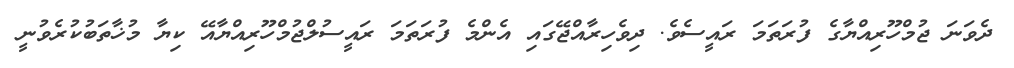
ދެވަނަ ޖުމްހޫރިއްޔާގެ ފުރަތަމަ ރައީސެވެ. ދިވެހިރާއްޖޭގައި އެންމެ ފުރަތަމަ ރައީސުލްޖުމްހޫރިއްޔާއޭ ކިޔާ މުޚާތަބުކުރެވުނީ